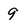
Character: 9